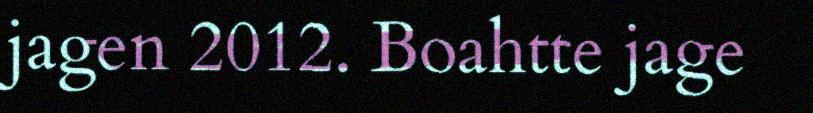
jagen 2012. Boahtte jage